Report on sanitation, dispensaries, and jails in Rajputana for 1911, and on vaccination for the year 1911-1912 - 1911-1912
Year: 1911
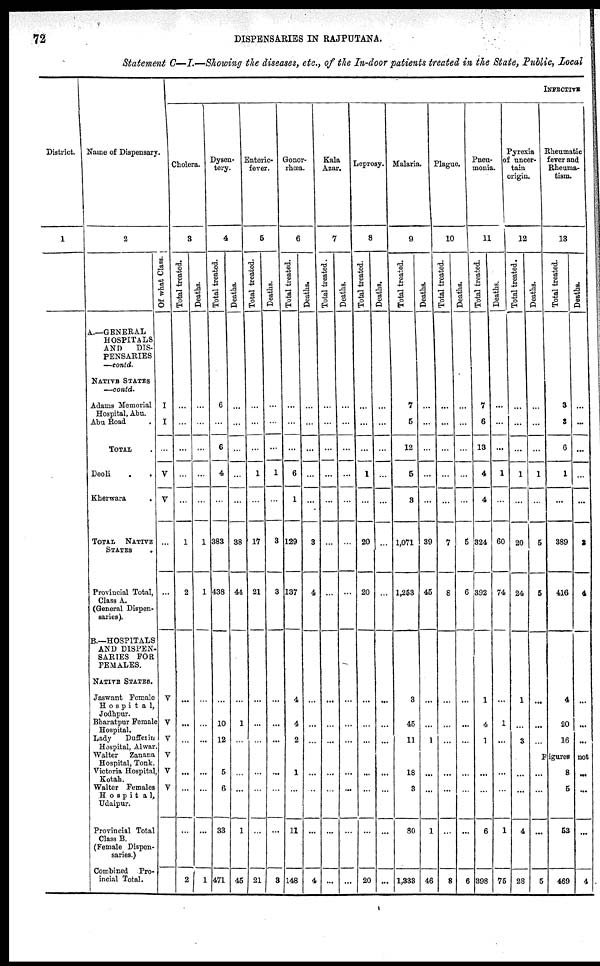
72
DISPENSARIES IN RAJPUTANA.
Statement C—I.—Showing the diseases, etc., of the In-door patients treated in the State, Public, Local
District.
1
Name of Dispensary
2
A.—GENERAL
HOSPITALS
AND
DIS-
PENSARIES
—contd.
NATIVE STATES
—contd.
Adams Memorial
Hospital, Abu.
Abu Road .
TOTAL .
Deoli . .
Kherwara
.
TOTAL NATIVE
STATES .
Provincial Total,
Class A.
(General Dispen-
saries).
B.—HOSPITALS
AND DISPEN-
SARIES FOR
FEMALES.
NATIVE STATES.
Jaswant Female
Hospital,
Jodhpur.
Bharatpur Female
Hospital.
Lady
Dufferin
Hospital, Alwar
Walter
Zanana
Hospital, Tonk.
Victoria Hospital
Kotah.
Walter Females
Hospital,
Udaipur.
Provincial Total
Glass B.
(Female Dispen-
saries.)
Combined Pro-
incial Total.
INFECTIVE
Cholera.
3
Of what Class.
I
I
...
V
V
...
...
V
V
V
V
V
V
...
...
Total treated.
...
...
...
...
...
1
2
...
...
...
...
...
...
...
2
Deaths.
...
...
...
...
...
1
1
...
...
...
...
...
...
...
1
Dysen-
tery.
4
Total treated.
6
...
6
4
...
383
438
...
10
12
...
5
6
33
471
Deaths.
...
...
...
...
...
38
44
...
1
...
...
...
...
1
45
Enteric-
fever.
5
Total treated.
...
...
...
1
...
17
21
...
...
...
...
...
...
...
21
Deaths.
...
...
...
1
...
3
3
...
...
...
...
...
...
...
3
Gonor-
rhœa.
6
Total treated.
...
...
...
6
1
129
137
4
4
2
...
1
...
11
148
Deaths.
...
...
...
...
...
3
4
...
...
...
...
...
...
...
4
Kala
Azar.
7
Total treated.
...
...
...
...
...
...
...
...
...
...
...
...
...
...
...
Deaths.
...
...
...
...
...
...
...
...
...
...
...
...
...
...
...
Leprosy.
8
Total treated.
...
...
...
1
...
20
20
...
...
...
...
...
...
...
20
Deaths.
...
...
...
...
...
...
...
...
...
...
...
...
...
...
...
Malaria.
9
Total treated.
7
5
12
5
3
1,071
1,253
3
45
11
...
18
3
80
1,333
Deaths.
...
...
...
...
...
39
45
...
...
1
...
...
...
1
46
Plague.
10
Total treated.
...
...
...
...
...
7
8
...
...
...
...
...
...
...
8
Deaths.
...
...
...
...
...
5
6
...
...
...
...
...
...
...
6
Pneu-
monia.
11
Total treated.
7
6
13
4
4
324
392
1
4
1
...
...
...
6
398
Deaths.
...
...
...
1
...
60
74
...
1
...
...
...
...
1
75
Pyrexia
of uncer-
tain
origin.
12
Total treated.
...
...
...
1
...
20
24
1
...
3
...
...
...
4
28
Deaths.
...
...
...
1
...
5
5
...
...
...
Rheumatic
fever and
Rheuma-
tism.
13
Total treated.
3
3
6
1
...
389
416
4
20
16
Deaths.
...
...
...
...
...
3
4
...
...
...
Figures not
...
...
...
5
8
5
53
469
...
...
...
4